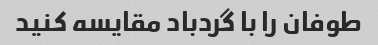
طوفان را با گردباد مقایسه کنید